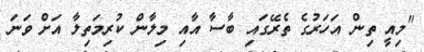
"މިއީ ތިން އަހަރުގެ ތެރޭގައި ބާސާ އާއި މިލާން ކުރިމަތިލާ އަށް ވަނަ